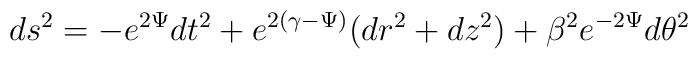
ds^2 = - e^{2\Psi}dt^2 + e^{2(\gamma - \Psi)}(dr^2 + dz^2) + \beta^2 e^{-2\Psi}d\theta^2